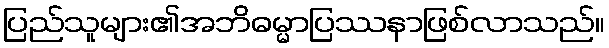
ပြည်သူများ၏အဘိဓမ္မာပြဿနာဖြစ်လာသည်။